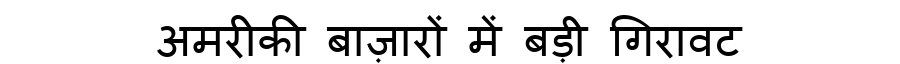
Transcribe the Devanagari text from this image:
अमरीकी बाज़ारों में बड़ी गिरावट